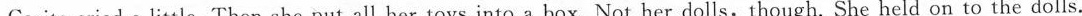
Corita cried a little. Then she put all her toys into a box. Not her dolls,though. She held on to the dolls.